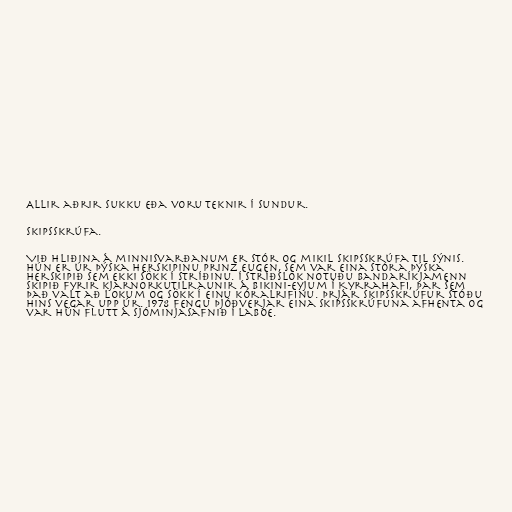
Allir aðrir sukku eða voru teknir í sundur.

Skipsskrúfa.

Við hliðina á minnisvarðanum er stór og mikil skipsskrúfa til sýnis.
Hún er úr þýska herskipinu Prinz Eugen, sem var eina stóra þýska
herskipið sem ekki sökk í stríðinu. Í stríðslok notuðu Bandaríkjamenn
skipið fyrir kjarnorkutilraunir á Bikini-eyjum í Kyrrahafi, þar sem
það valt að lokum og sökk í einu kóralrifinu. Þrjár skipsskrúfur stóðu
hins vegar upp úr. 1978 fengu Þjóðverjar eina skipsskrúfuna afhenta og
var hún flutt á sjóminjasafnið í Laboe.